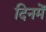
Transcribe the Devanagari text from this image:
दिनमें